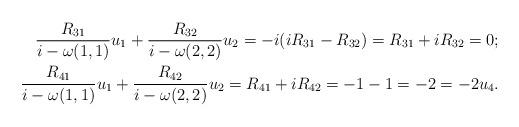
LaTeX: \begin{align*}\frac{R_{31}}{i-\omega(1,1)}u_1+\frac{R_{32}}{i-\omega(2,2)}u_2=-i(iR_{31}-R_{32})=R_{31}+iR_{32}=0;\\\frac{R_{41}}{i-\omega(1,1)}u_1+\frac{R_{42}}{i-\omega(2,2)}u_2=R_{41}+iR_{42}=-1-1=-2=-2u_4.\end{align*}